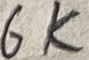
Text: 6K